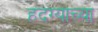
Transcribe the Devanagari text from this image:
हदग्याच्या